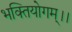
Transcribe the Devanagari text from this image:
भक्तियोगम्‌।।